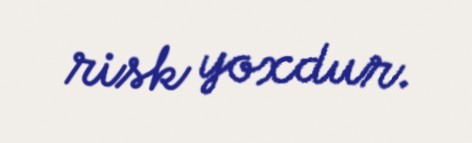
risk yoxdur.